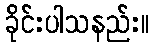
ခိုင်းပါသနည်း။